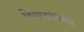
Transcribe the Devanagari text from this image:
विमानसेवेच्या